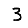
Digit: 3